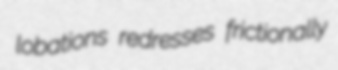
lobations redresses frictionally